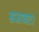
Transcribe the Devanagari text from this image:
सजावट।